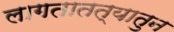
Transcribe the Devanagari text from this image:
लागतातत्यातुन